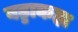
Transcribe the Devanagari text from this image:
बड्डाकहा